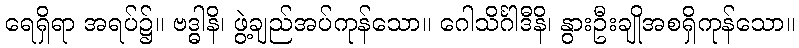
ရေရှိရာ အရပ်၌။ ဗဒ္ဓါနိ၊ ဖွဲ့ချည်အပ်ကုန်သော။ ဂေါသိင်္ဂါဒီနိ၊ နွားဦးချိုအစရှိကုန်သော။